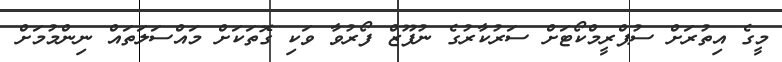
މީގެ އިތުރަށް ސުޕްރީމްކޯޓަށް ސަރުކާރުގެ ނުފޫޒް ފޯރުވާ ވަކި ގޮތަކަށް މައްސަލަތައް ނިންމުމަށް